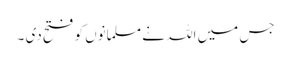
جس میں اللہ نے مسلمانوں کو فتح دی ۔